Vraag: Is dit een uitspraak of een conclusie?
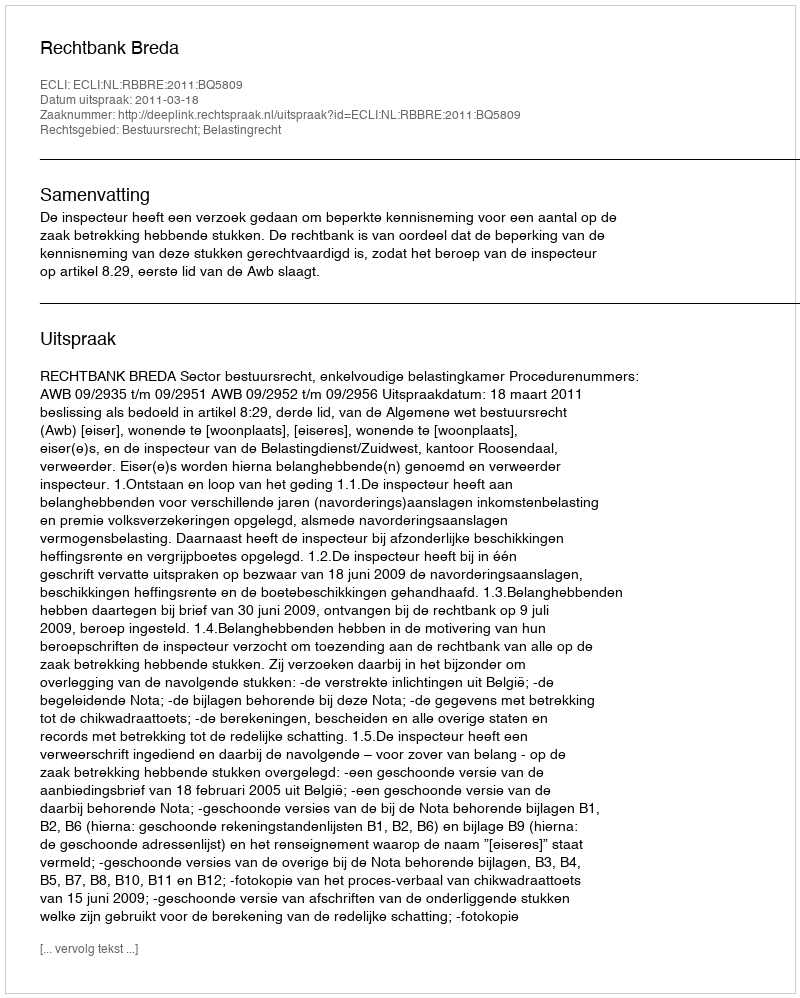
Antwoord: Uitspraak